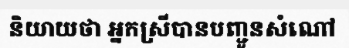
និយាយថា អ្នកស្រីបានបញ្ជូនសំណៅ